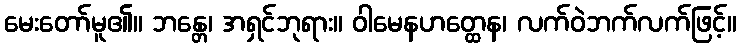
မေးတော်မူ၏။ ဘန္တေ၊ အရှင်ဘုရား။ ဝါမေနဟတ္ထေန၊ လက်ဝဲဘက်လက်ဖြင့်။